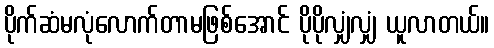
ပိုက်ဆံမလုံလောက်တာမဖြစ်အောင် ပိုပိုလျှံလျှံ ယူလာတယ်။